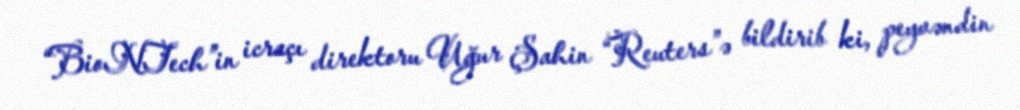
“BioNTech”in icraçı direktoru Uğur Şahin “Reuters”ə bildirib ki, peyvəndin